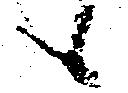
候